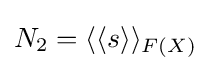
N_{2}=\langle \langle s\rangle \rangle _{F(X)}